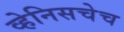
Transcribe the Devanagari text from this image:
व्हेनिसचेच